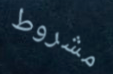
مشروط